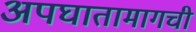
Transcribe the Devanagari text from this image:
अपघातामागची